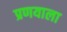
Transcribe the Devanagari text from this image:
प्रणयाला